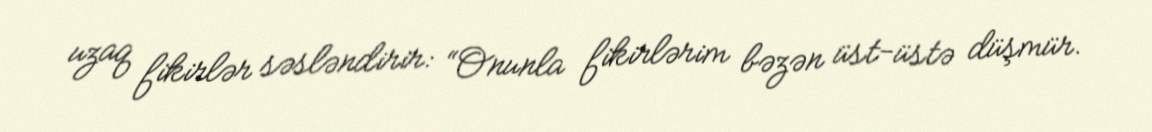
uzaq fikirlər səsləndirir: “Onunla fikirlərim bəzən üst-üstə düşmür.